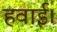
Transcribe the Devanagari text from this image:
हवाई।